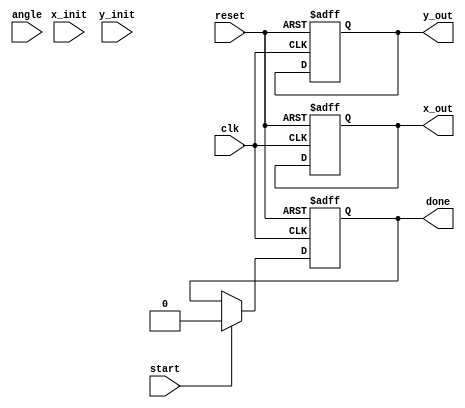
module cordic(
    input wire clk,
    input wire reset,
    input wire start,
    input wire signed [15:0] angle, // Input angle in fixed-point representation
    input wire signed [15:0] x_init, // Initial X value
    input wire signed [15:0] y_init, // Initial Y value
    output reg signed [15:0] x_out, // Output X value (cos())
    output reg signed [15:0] y_out, // Output Y value (sin())
    output reg done // Indicates completion of the computation
);

    parameter N = 16; // Number of iterations
    reg [3:0] iteration; // Current iteration counter
    reg signed [15:0] x[N-1:0], y[N-1:0]; // Vectors for each iteration
    reg signed [15:0] angle_lut[N-1:0]; // Angle lookup table (fixed-point atan values)
    reg signed [15:0] K; // Scaling factor
    wire signed [15:0] angle_current;
    
    // Initialize angle lookup table with fixed-point atan values
    initial begin
        // Example values for atan(2^-i) in fixed-point representation (16 bits)
        angle_lut[0] = 16'h26DB; // atan(1)
        angle_lut[1] = 16'h1C71; // atan(0.5)
        angle_lut[2] = 16'h1386; // atan(0.25)
        angle_lut[3] = 16'h0A3D; // atan(0.125)
        // More values can be added up to N iterations
        // The values should be in fixed-point (Q16 format) for your application
    end

    // Initialize scaling factor K (product of gains)
    initial begin
        K = 16'hB8F5; // Example value for K (0.607)
    end

    always @(posedge clk or posedge reset) begin
        if (reset) begin
            x_out <= 0;
            y_out <= 0;
            done <= 0;
            iteration <= 0;
        end else if (start) begin
            // Initialize the CORDIC process
            x[0] <= x_init; // Initial X value
            y[0] <= y_init; // Initial Y value
            iteration <= 0;
            done <= 0;
        end else if (!done && iteration < N) begin
            // Perform CORDIC rotation
            if (angle[15] == 1'b0) begin // Positive angle
                x[iteration+1] <= x[iteration] - (y[iteration] >>> iteration);
                y[iteration+1] <= y[iteration] + (x[iteration] >>> iteration);
            end else begin // Negative angle
                x[iteration+1] <= x[iteration] + (y[iteration] >>> iteration);
                y[iteration+1] <= y[iteration] - (x[iteration] >>> iteration);
            end
            
            iteration <= iteration + 1;
        end else if (iteration == N) begin
            // Final outputs after all iterations
            x_out <= x[N];
            y_out <= y[N] * K; // Scale the Y output
            done <= 1; // Mark as done
        end
    end

endmodule